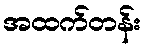
အထက်တန်း